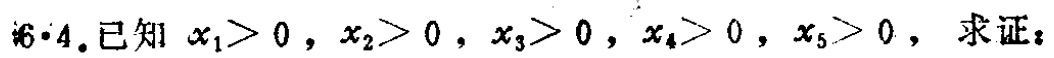
$6\cdot4.已知\ x_{1}>0,x_{2}>0,x_{3}>0,x_{4}>0,x_{5}>0,求证:$